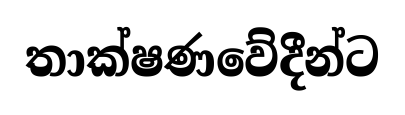
තාක්ෂණවේදීන්ට